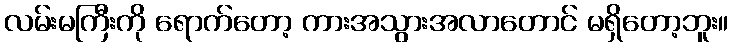
လမ်းမကြီးကို ရောက်တော့ ကားအသွားအလာတောင် မရှိတော့ဘူး။